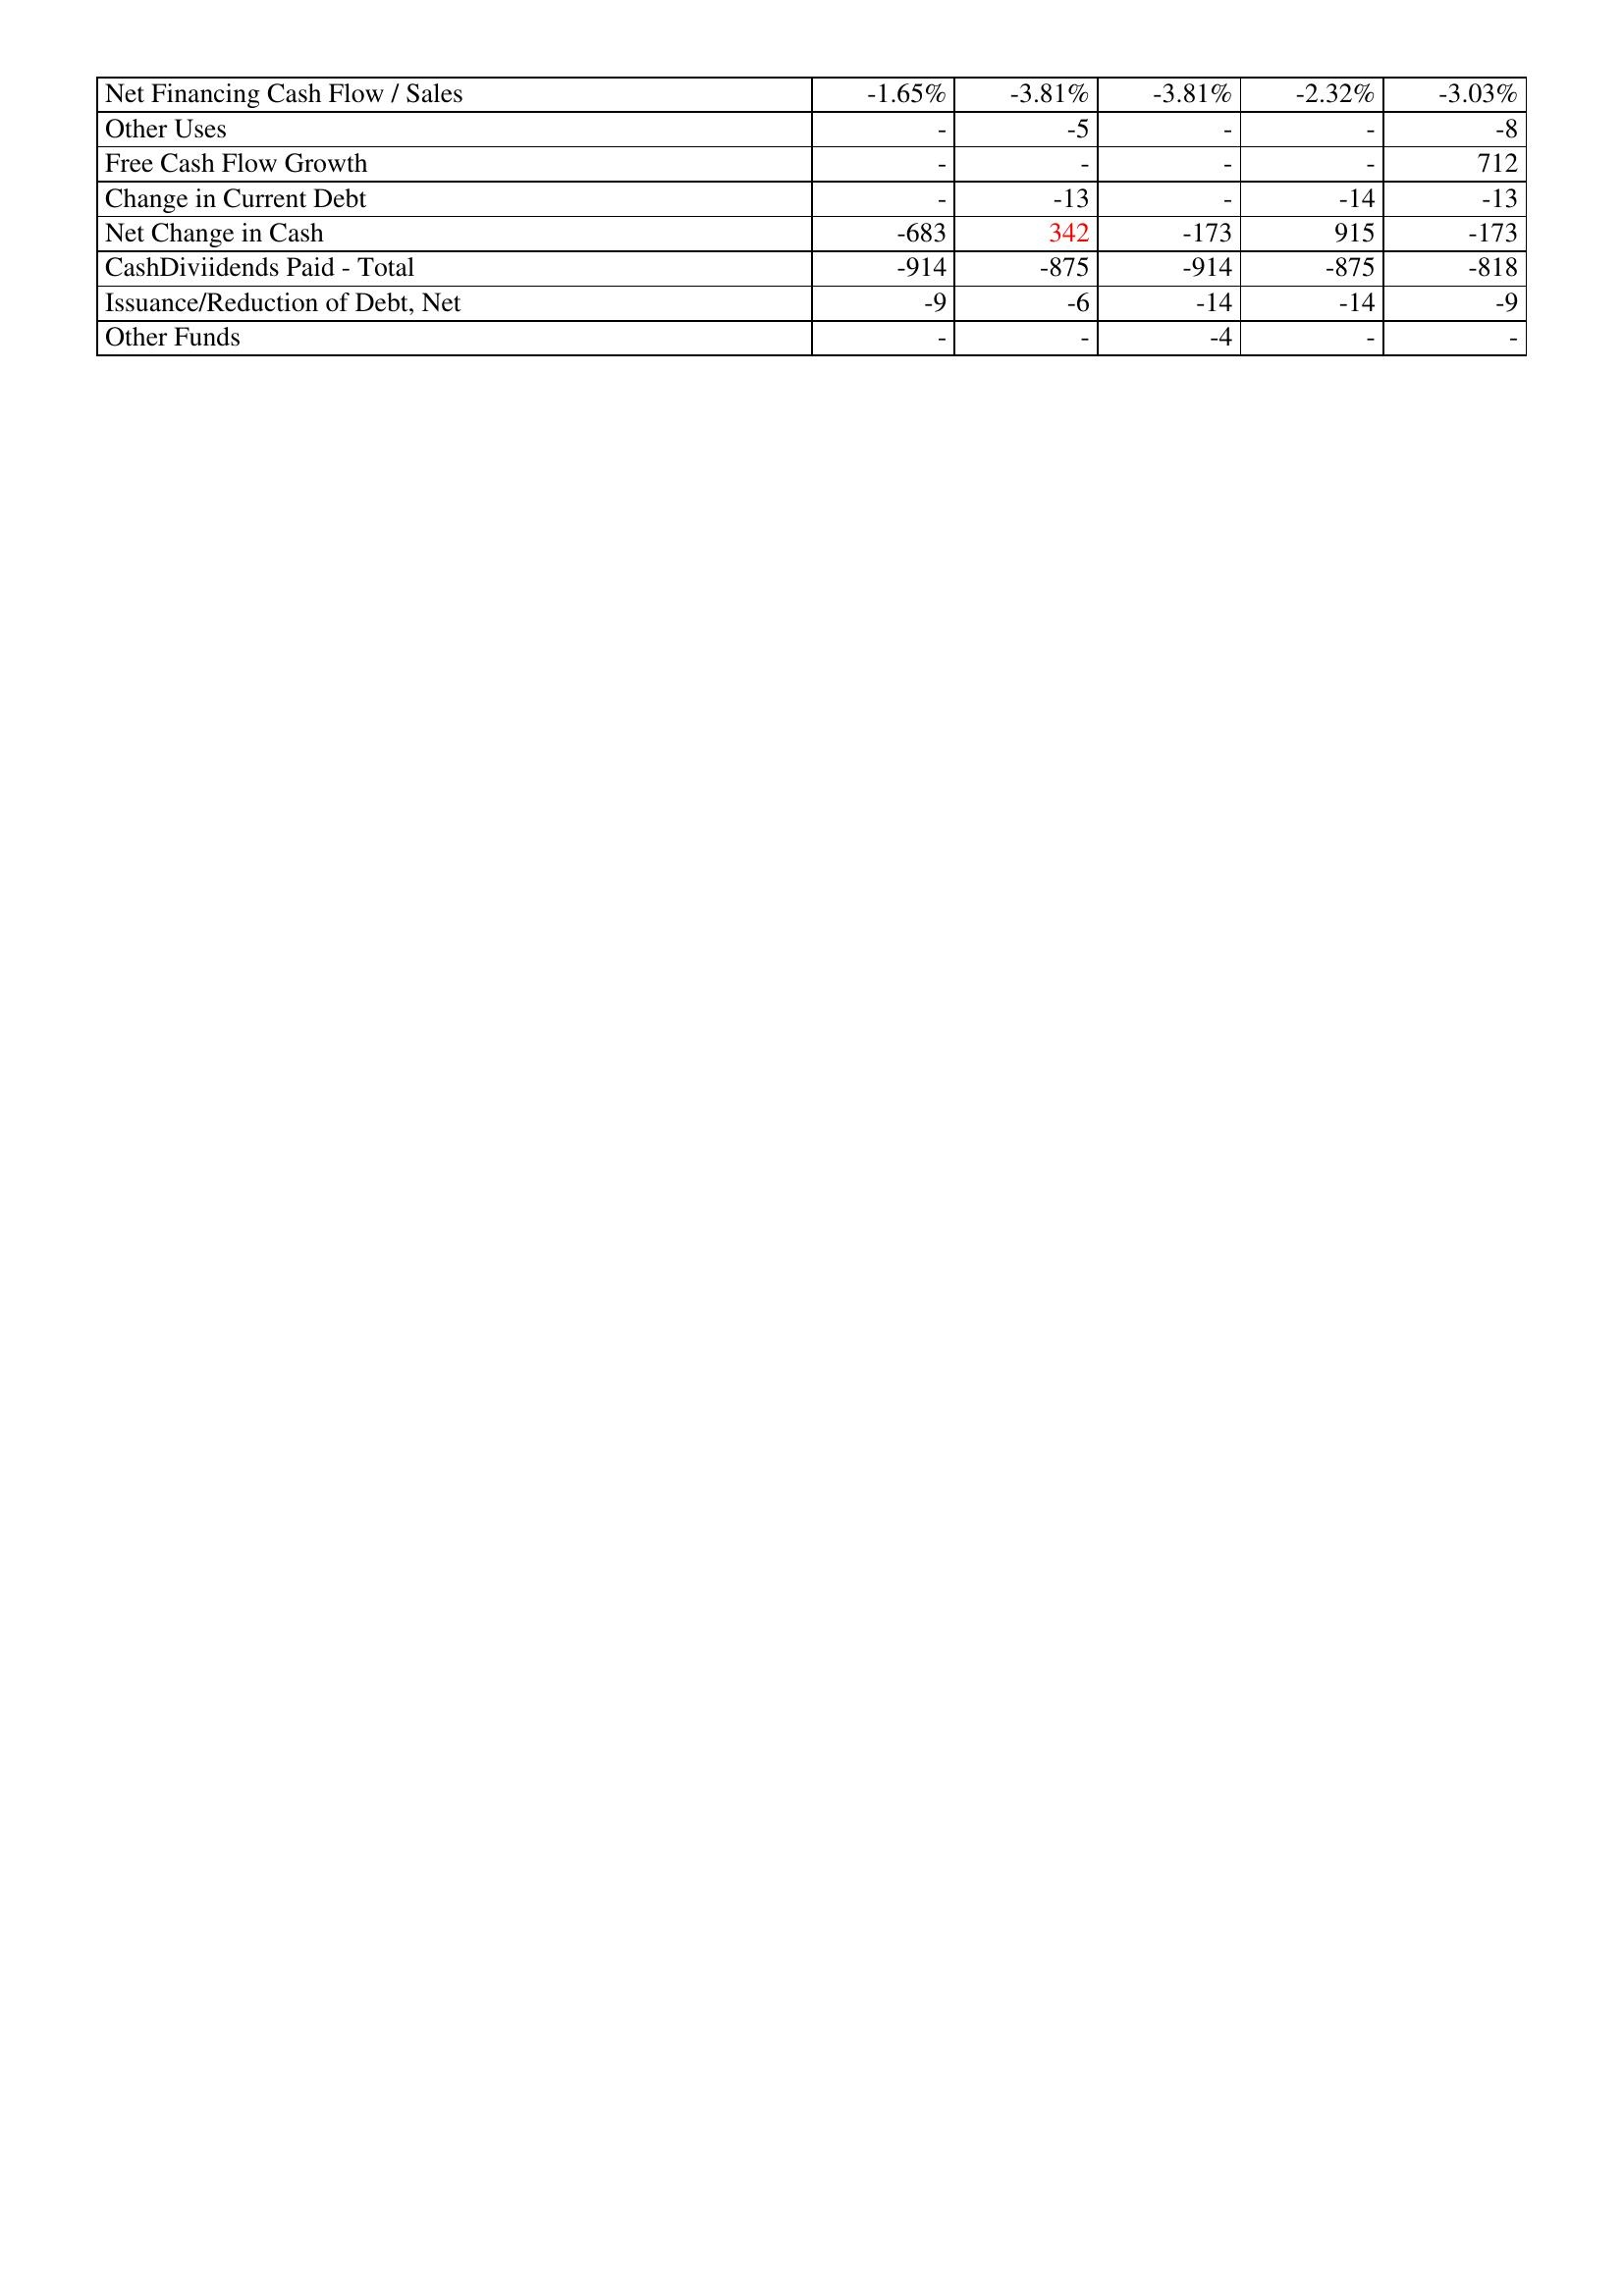
gt_parse: 2015: Financing Activities: Net Financing Cash Flow / Sales: -1.65%
Other Uses: -
Free Cash Flow Growth: -
Change in Current Debt: -
Net Change in Cash: -683
CashDiviidends Paid - Total: -914
Issuance/Reduction of Debt, Net: -9
Other Funds: -
2016: Financing Activities: Net Financing Cash Flow / Sales: -3.81%
Other Uses: -5
Free Cash Flow Growth: -
Change in Current Debt: -13
Net Change in Cash: 342
CashDiviidends Paid - Total: -875
Issuance/Reduction of Debt, Net: -6
Other Funds: -
2017: Financing Activities: Net Financing Cash Flow / Sales: -3.81%
Other Uses: -
Free Cash Flow Growth: -
Change in Current Debt: -
Net Change in Cash: -173
CashDiviidends Paid - Total: -914
Issuance/Reduction of Debt, Net: -14
Other Funds: -4
2018: Financing Activities: Net Financing Cash Flow / Sales: -2.32%
Other Uses: -
Free Cash Flow Growth: -
Change in Current Debt: -14
Net Change in Cash: 915
CashDiviidends Paid - Total: -875
Issuance/Reduction of Debt, Net: -14
Other Funds: -
2019: Financing Activities: Net Financing Cash Flow / Sales: -3.03%
Other Uses: -8
Free Cash Flow Growth: 712
Change in Current Debt: -13
Net Change in Cash: -173
CashDiviidends Paid - Total: -818
Issuance/Reduction of Debt, Net: -9
Other Funds: -